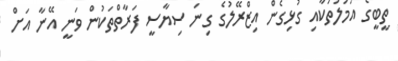
ތީބީގެ އަމަލުތަކާއި ގުޅިގެން އިޒްރޭލުގެ ގިނަ ސިޔާސީ ފަރާތްތަކުން ވަނީ އޭނާ އަށް